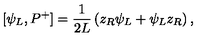
[ \psi _ { L } , P ^ { + } ] = { \frac { 1 } { 2 L } } \left( z _ { R } \psi _ { L } + \psi _ { L } z _ { R } \right) ,